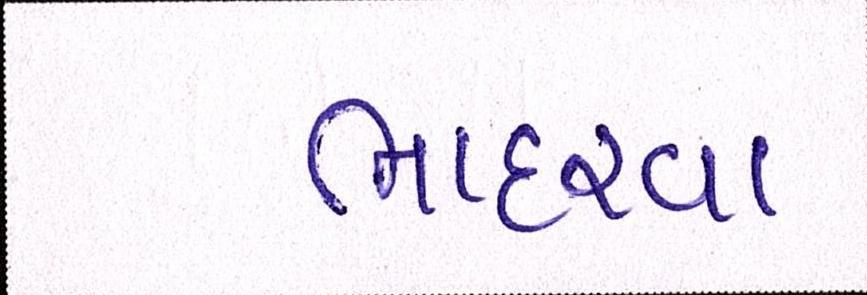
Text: ભાદરવા